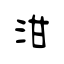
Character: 泔